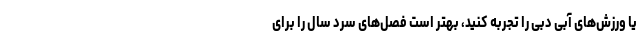
یا ورزش‌های آبی دبی را تجربه کنید، بهتر است فصل‌های سرد سال را برای